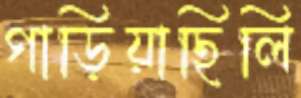
গাড়িয়াছিলি